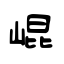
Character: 崐